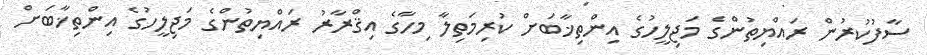
ސާފުކުރުން ރައްޔިތުންގެ މަޖިލީހުގެ އިންތިޚާބަށް ކުރިމަތިލާ މިހާގެ އިޤްރާރު ރައްޔިތުންގެ މަޖިލީހުގެ އިންތިޚާބަށް